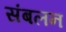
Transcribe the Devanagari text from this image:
संबलन